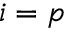
i = p